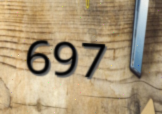
697